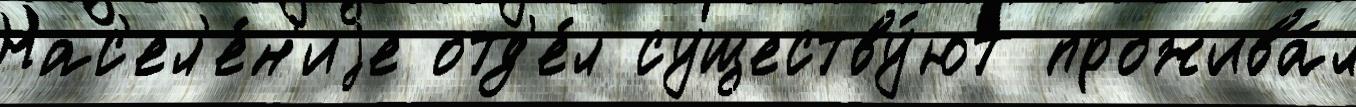
Нас'ел'е́н'иjе отд'е́л существу́ют прожива́л